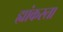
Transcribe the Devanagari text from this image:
ह्यांकरता